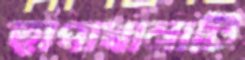
ছাপাখানাটি